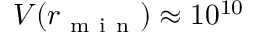
V ( r _ { \mathrm { ~ m ~ i ~ n ~ } } ) \approx 1 0 ^ { 1 0 }